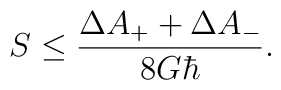
S\leq {\Delta A_+ + \Delta A_- \over 8G\hbar}.